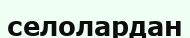
селолардан